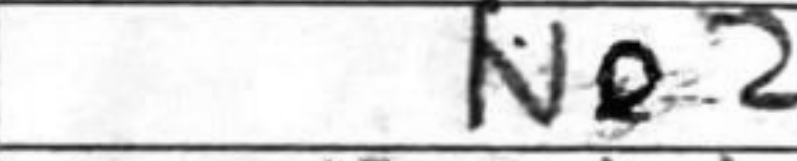
Transcription: Ne2